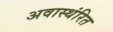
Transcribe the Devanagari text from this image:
अवास्थंरित